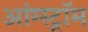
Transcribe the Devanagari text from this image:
आंग्स्ट्रॉम